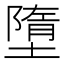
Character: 墮